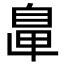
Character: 𦤓